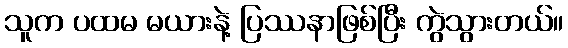
သူက ပထမ မယားနဲ့ ပြဿနာဖြစ်ပြီး ကွဲသွားတယ်။